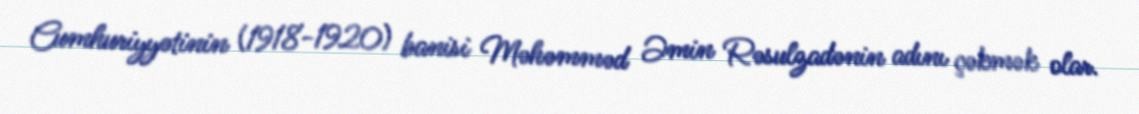
Cumhuriyyətinin (1918-1920) banisi Məhəmməd Əmin Rəsulzadənin adını çəkmək olar.